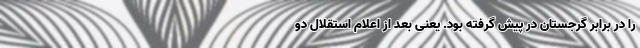
را در برابر گرجستان در پیش گرفته بود. یعنی بعد از اعلام استقلال دو